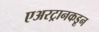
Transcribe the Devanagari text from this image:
एअरट्रानकडून